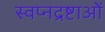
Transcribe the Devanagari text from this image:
स्वप्नद्रष्टाओं